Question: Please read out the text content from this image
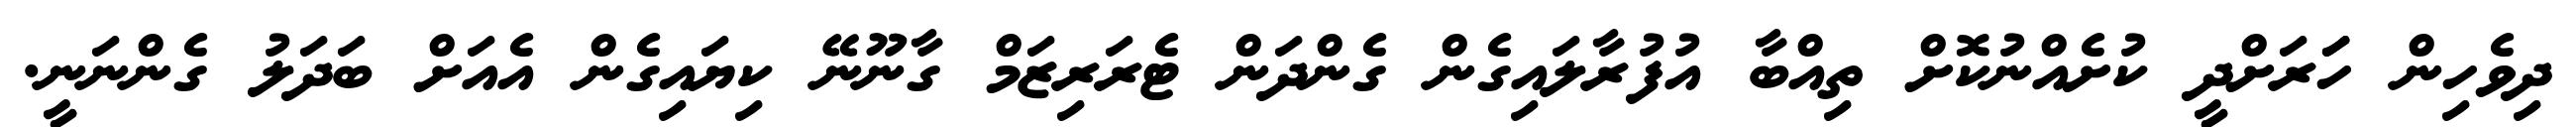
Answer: ދިވެހިން ހަަރަށްދީ ކުށެއްނުކޮށް ތިއްބާ އުފުރާލައިގެން ގެންދަން ޓެރަރިޒަމް ގާނޫނޭ ކިޔައިގެން އެއަށް ބަދަލު ގެންނަނީ.